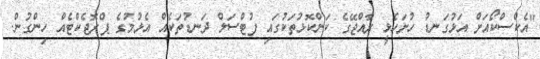
"އެކްސްކޯއަށް އަޅުގަނޑު ހުށަހެޅީ ރާއްޖޭގެ ކަންކޮޅުތަކުގައި ފުޓްސަލް ދަނޑުތަކެއް އެޅުމުގެ ޕްރޮޖެކްޓެއް ހިންގުން.